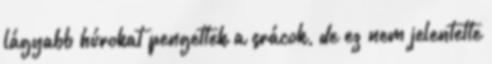
lágyabb húrokat pengettek a srácok, de ez nem jelentette